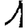
Digit: 1